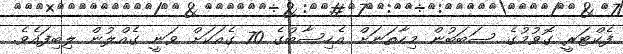
ފެކްޓަރީ ގޮވުމުގެ ސަބަބުން މިހާތަނަށް އެހިސާބުގެ 70 ގެއަކަށް ވަނީ ގެއްލުން ލިބިފައެވެ.